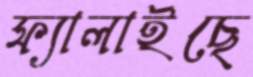
ফ্যালাইছে